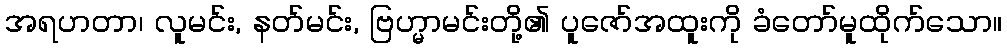
အရဟတာ၊ လူမင်း, နတ်မင်း, ဗြဟ္မာမင်းတို့၏ ပူဇော်အထူးကို ခံတော်မူထိုက်သော။